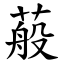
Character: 蒰